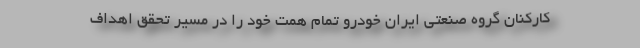
کارکنان گروه صنعتی ایران خودرو تمام همت خود را در مسیر تحقق اهداف